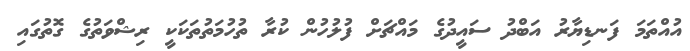
އުއްތަމަ ފަނޑިޔާރު އަބްދު ސައީދުގެ މައްޗަށް ފުލުހުން ކުރާ ތުހުމަތުތަކަކީ ރިޝްވަތުގެ ގޮތުގައި